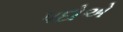
પદોએ